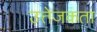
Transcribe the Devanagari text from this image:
उत्तेजकता